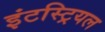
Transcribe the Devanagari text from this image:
इंटस्ट्रियल